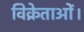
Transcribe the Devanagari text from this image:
विक्रेताओं।